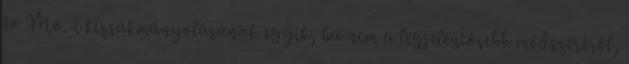
év Mo.-i kizsákmányolásának egyik, ha nem a legjelentősebb módszeréről,